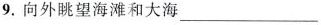
9.向外眺望海滩和大海___